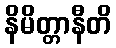
နိမိတ္တာနီတိ